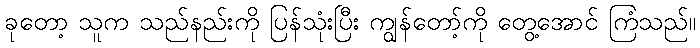
ခုတော့ သူက သည်နည်းကို ပြန်သုံးပြီး ကျွန်တော့်ကို တွေ့အောင် ကြံသည်။